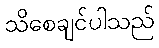
သိစေချင်ပါသည်